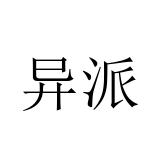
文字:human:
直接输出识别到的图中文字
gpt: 异派